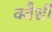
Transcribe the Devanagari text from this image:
क्वैशी